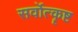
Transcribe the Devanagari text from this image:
सर्वोत्कॄष्ट